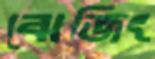
ঝেজিং